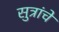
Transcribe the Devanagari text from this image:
सुत्रांचे